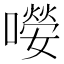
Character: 𡀘